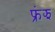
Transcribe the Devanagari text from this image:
फ्रंझ